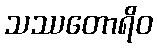
သဿတောရိဝ